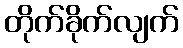
တိုက်ခိုက်လျက်